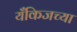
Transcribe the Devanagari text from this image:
यँकिजच्या